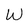
Character: W